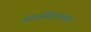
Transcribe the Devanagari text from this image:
अल्ट्रासेंट्रीफ्यूज